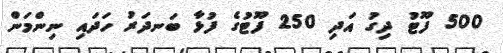
500 ފޫޓު ދިގު އަދި 250 ފޫޓުގެ ފުޅާ ބަނދަރު ހަދައި ނިންމަން